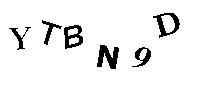
YTBN9D